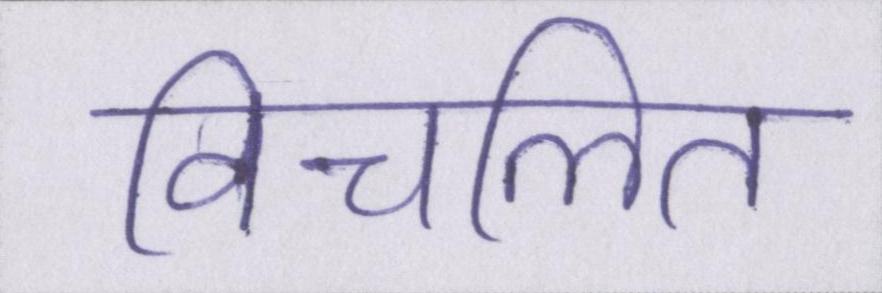
विचलित